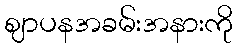
ဈာပနအခမ်းအနားကို